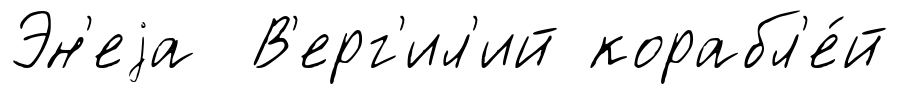
Эн'еjа В'ерг'ил'ий корабл'е́й